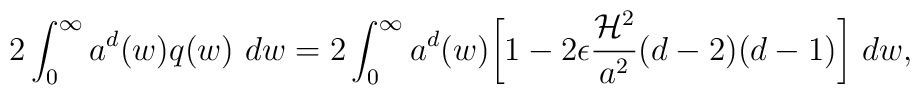
2\int_{0}^{\infty} a^d(w) q(w) ~ dw = 2 \int_{0}^{\infty} a^d(w) \biggl[  1 - 2  \epsilon \frac{{\cal H}^2}{a^2}(d-2)(d-1)\biggr] ~ dw,